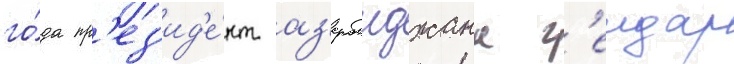
го́да пр'ез'ид'е́нт аз'ербаиджана г'еидар